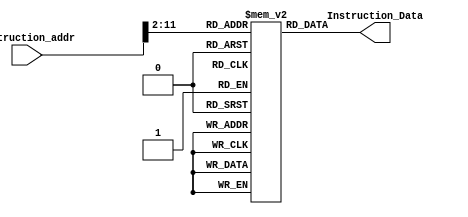
module Instruction_MEM #(parameter MEM_WIDTH = 32, MEM_DEPTH = 1024, ADDR_SIZE = 32)
(
	input wire  [ADDR_SIZE-1:0] Instruction_addr,
	output wire [MEM_WIDTH-1:0] Instruction_Data
);
	

	// declaration of memory
	reg [MEM_WIDTH-1:0] I_mem [MEM_DEPTH-1:0];
	// initialize instruction memory
	initial begin
		// the program to be excuted
		I_mem[0]  = 32'b000000_01000_01001_10001_00000_100000;  // add $s1, $t0, $t1    	32'h01098820
		I_mem[1]  = 32'b101011_00000_10001_0000000000000100;    // sw $s1, 4($zero)			32'hAC110004
		I_mem[2]  = 32'b100011_00000_01010_0000000000000100;    // lw $t2, 4($zero)			32'h8C0A0004
		I_mem[3]  = 32'b000000_01010_01011_01000_00000_100010;  // sub $t0, $t2, $t3    	32'h014B4022
		I_mem[4]  = 32'b000100_01000_01000_0000000000000010;    // beq $t0, $t0, again   	32'h11080001   (should branch to address 20+8 = 28 (I_mem[7]) if $t0 == $t0)      
		I_mem[5]  = 32'b100011_00000_01010_0000000000000100;    // lw $t2, 4($zero)			32'h8C0A0004
		I_mem[6]  = 32'b000000_01010_01011_01000_00000_100010;  // sub $t0, $t2, $t3    	32'h014B4022
		I_mem[7]  = 32'b000000_01000_10000_10100_00000_100000;  // add $s4, $t0, $s0    	32'h01098820
		/*                                                                          // instructions in hex
		I_mem[0]  = 32'b000000_01000_01001_10001_00000_100000;  // add $s1, $t0, $t1    	32'h01098820
		I_mem[1]  = 32'b000000_10001_00000_10010_00000_100000;  // add $s2, $s1, $0     	32'h02209020
		I_mem[2]  = 32'b000000_01000_01001_10010_00000_100010;  // sub $s2, $t0, $t1    	32'h01099022
		I_mem[3]  = 32'b000000_01010_01011_01000_00000_100010;  // sub $t0, $t2, $t3    	32'h014B4022
		I_mem[4]  = 32'b000000_01000_01001_10000_00000_100100;  // and $s0, $t0, $t1    	32'h01098024
		I_mem[5]  = 32'b000000_01001_01010_01011_00000_100100;  // and $t3, $t1, $t2    	32'h012A5824
		I_mem[6]  = 32'b000000_01000_01001_10000_00000_100101;  // or $s0, $t0, $t1     	32'h01098025
		I_mem[7]  = 32'b000000_10010_10011_01000_00000_100101;  // or $t0, $s2, $s3     	32'h02534025
		I_mem[8]  = 32'b000000_01001_01010_01001_00000_101010;  // slt $t1, $t1, $t2		32'h012A482A
		I_mem[9]  = 32'b000000_01000_01100_10000_00000_101010;  // slt $s0, $t0, $t4    	32'h010C802A
		I_mem[10] = 32'b000000_01010_01011_01001_00000_100111;  // nor $t1, $t2, $t3    	32'h014B4827
		I_mem[11] = 32'b000000_01000_01010_10000_00000_100111;  // nor $s0, $t0, $t2    	32'h010A8027
		I_mem[12] = 32'b000100_10000_10010_0000000000000010;    // beq $s0, $s2, delay      32'h12120002   (should branch to address 52+8 = 60 if $s0 == $s2)
		I_mem[13] = 32'b000100_01000_01011_0000000000000100;    // beq $t0, $t3, again   	32'h110B0004   (should branch to address 56+16 = 72 if $t0 == $t3)      
		I_mem[14] = 32'b101011_00000_10000_0000000000000100;    // sw $s0, 4($zero)			32'hAC100004
		I_mem[15] = 32'b101011_10000_01000_0000000000001000;    // sw $t0, 8($s0)           32'hAE080008
		I_mem[16] = 32'b100011_00000_10001_0000000000000100;    // lw $s1, 4($zero)			32'h8C110004
		I_mem[17] = 32'b100011_01000_01010_0000000000010000;    // lw $t2, 16($t0)			32'h8D0A0010
		I_mem[18] = 32'b000010_00000000000000000000001110;      // j end                    32'h0800000E   (should jump to address 56)
		*/
	end
	
	// instruction word
	assign Instruction_Data = I_mem [Instruction_addr[31:2]] ;


endmodule